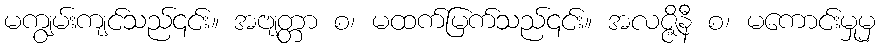
မကျွမ်းကျင်သည်၎င်း။ အဗျတ္တာ စ၊ မထက်မြက်သည်၎င်း။ အလဇ္ဇိနီ စ၊ မကောင်းမှုမှ